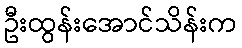
ဦးထွန်းအောင်သိန်းက